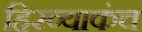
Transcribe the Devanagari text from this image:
हिरव्याकंच